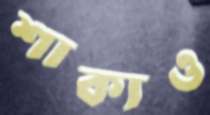
শাক্যও